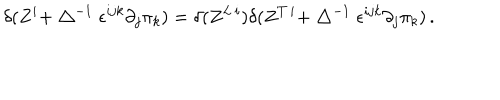
LaTeX: \delta ( Z ^ { i } + \bigtriangleup ^ { - 1 } \epsilon ^ { i j k } \partial _ { j } \pi _ { k } ) = \delta ( Z ^ { L \, i } ) \delta ( Z ^ { T \, i } + \bigtriangleup ^ { - 1 } \epsilon ^ { i j k } \partial _ { j } \pi _ { k } ) \, .